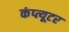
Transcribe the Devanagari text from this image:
कंप्त्यूटर